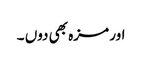
اور مزہ بھی دوں ۔